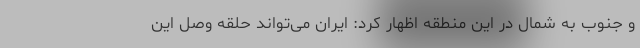
و جنوب به شمال در این منطقه اظهار کرد: ایران می‌تواند حلقه وصل این